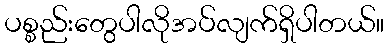
ပစ္စည်းတွေပါလိုအပ်လျက်ရှိပါတယ်။